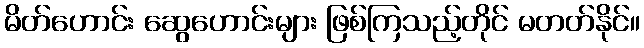
မိတ်ဟောင်း ဆွေဟောင်းများ ဖြစ်ကြသည့်တိုင် မတတ်နိုင်။